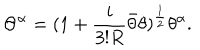
\Theta ^ { \alpha } = ( 1 + { \frac { i } { 3 ! R } } \bar { \theta } \theta ) ^ { \frac { 1 } { 2 } } \theta ^ { \alpha } .